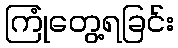
ကြုံတွေ့ရခြင်း